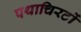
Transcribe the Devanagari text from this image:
पथाचिरटों